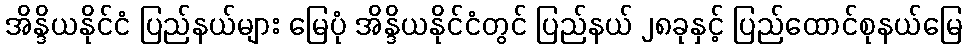
အိန္ဒိယနိုင်ငံ ပြည်နယ်များ မြေပုံ အိန္ဒိယနိုင်ငံတွင် ပြည်နယ် ၂၈ခုနှင့် ပြည်ထောင်စုနယ်မြေ